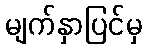
မျက်နှာပြင်မှ